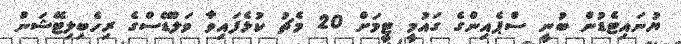
ޔުނައިޓެޑުން ބުނީ ސްޕެއިންގެ ގައުމީ ޓީމަށް 20 މެޗު ކުޅެފައިވާ ވަލްޑޭސްގެ ރިހެބިލިޓޭޝަން